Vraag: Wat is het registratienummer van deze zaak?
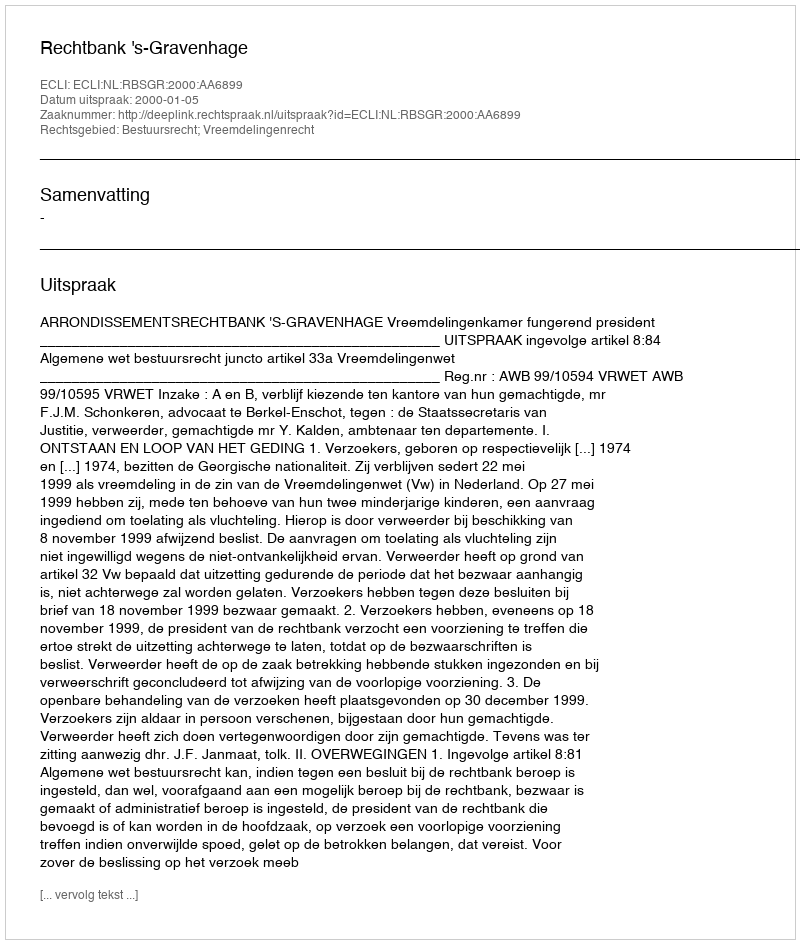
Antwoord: http://deeplink.rechtspraak.nl/uitspraak?id=ECLI:NL:RBSGR:2000:AA6899